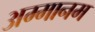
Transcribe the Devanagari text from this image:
अम्मानम